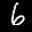
Label: 6